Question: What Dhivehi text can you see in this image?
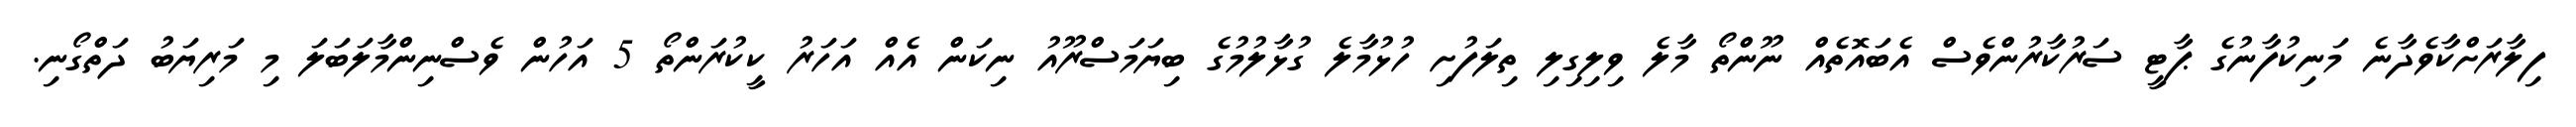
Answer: ފިލާރަށްކާވެދާނެ މަނިކުފާނުގެ ޕާޓީ ސަރުކާރުންވެސް އެބައޮތެއް ނޫންތޯ މާލެ ވިލިގިލި ތިލަފުށި ހުޅުމާލެ ގުޅާލުމުގެ ބިޔަމަސްރޫއު ނިކަން އެއް އަހަރު ކީކުރަންތޯ 5 އަހުން ވެސްނިންމާލަބަލަ މި މަރިޔަބު ދަތްގޯނި.